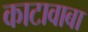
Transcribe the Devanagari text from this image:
काटावाबा